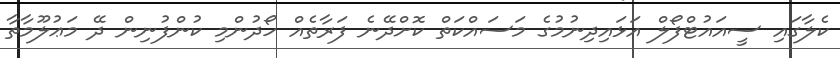
ކެލާގައި ސީއައުޓްފޯލް އަޅައިދިނުމުގެ މަސައްކަތް ކޮށްދޭނެ ފަރާތެއް ހޯދުންމި ކުންފުނިން ދޭ މަޢުލޫމާތާ